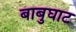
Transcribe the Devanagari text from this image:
बाबुघाट